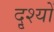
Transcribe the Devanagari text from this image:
दृ्श्यों